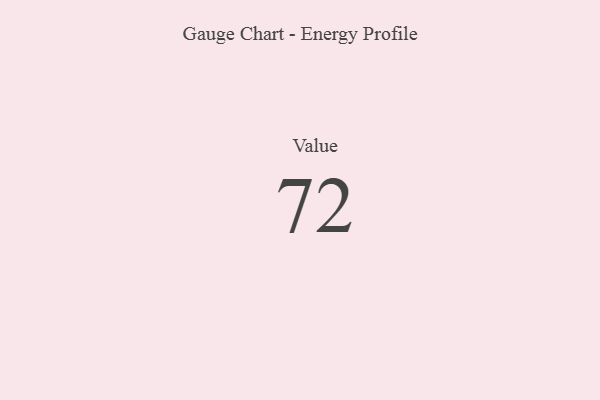
{"axis": {"x": "Metric", "y": "Value"}, "legend": [""], "data": [{"x": "Value", "y": 72, "type": ""}]}